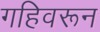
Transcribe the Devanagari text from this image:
गहिवरून